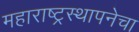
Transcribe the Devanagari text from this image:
महाराष्ट्रस्थापनेचा